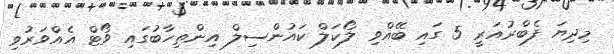
މިދިޔަ ފެބްރުއަރީ 5 ގައި ބޭއްވި ލޯކަލް ކައުންސިލް އިންތިހާބުގައި ވޯޓް އެއްވަރުވި